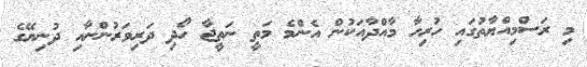
މި ރަސްމިއްޔާތުގައި ހުރިހާ މާއްދާއަކުން އެންމެ މަތީ ނަތީޖާ ހޯދި ދަރިވަރުންނާއި ދުނިޔޭގެ